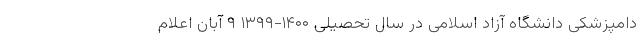
دامپزشکی دانشگاه آزاد اسلامی در سال تحصیلی ۱۴۰۰-۱۳۹۹ ۹ آبان اعلام